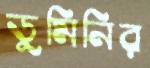
ডুমিনির